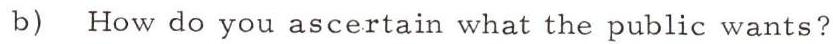
b) How do you ascertain what the public wants?